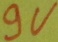
Text: 9V